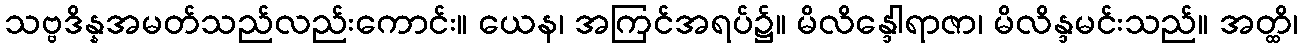
သဗ္ဗဒိန္နအမတ်သည်လည်းကောင်း။ ယေန၊ အကြင်အရပ်၌။ မိလိန္ဒေါရာဇာ၊ မိလိန္ဒမင်းသည်။ အတ္ထိ၊